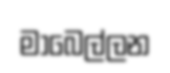
මාබෙල්ලන